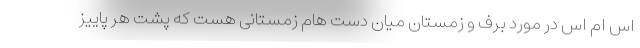
اس ام اس در مورد برف و زمستان میان دست هام زمستانی هست که پشت هر پاییز